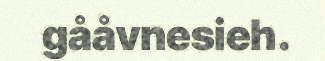
gååvnesieh.